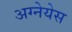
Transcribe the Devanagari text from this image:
अग्नेयेस